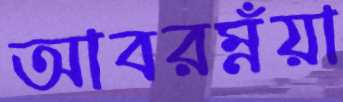
আবরম্নঁয়া